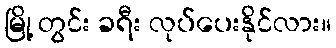
မြို့ တွင်း ခရီး လုပ်ပေးနိုင်လား။